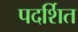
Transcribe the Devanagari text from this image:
पदर्शित